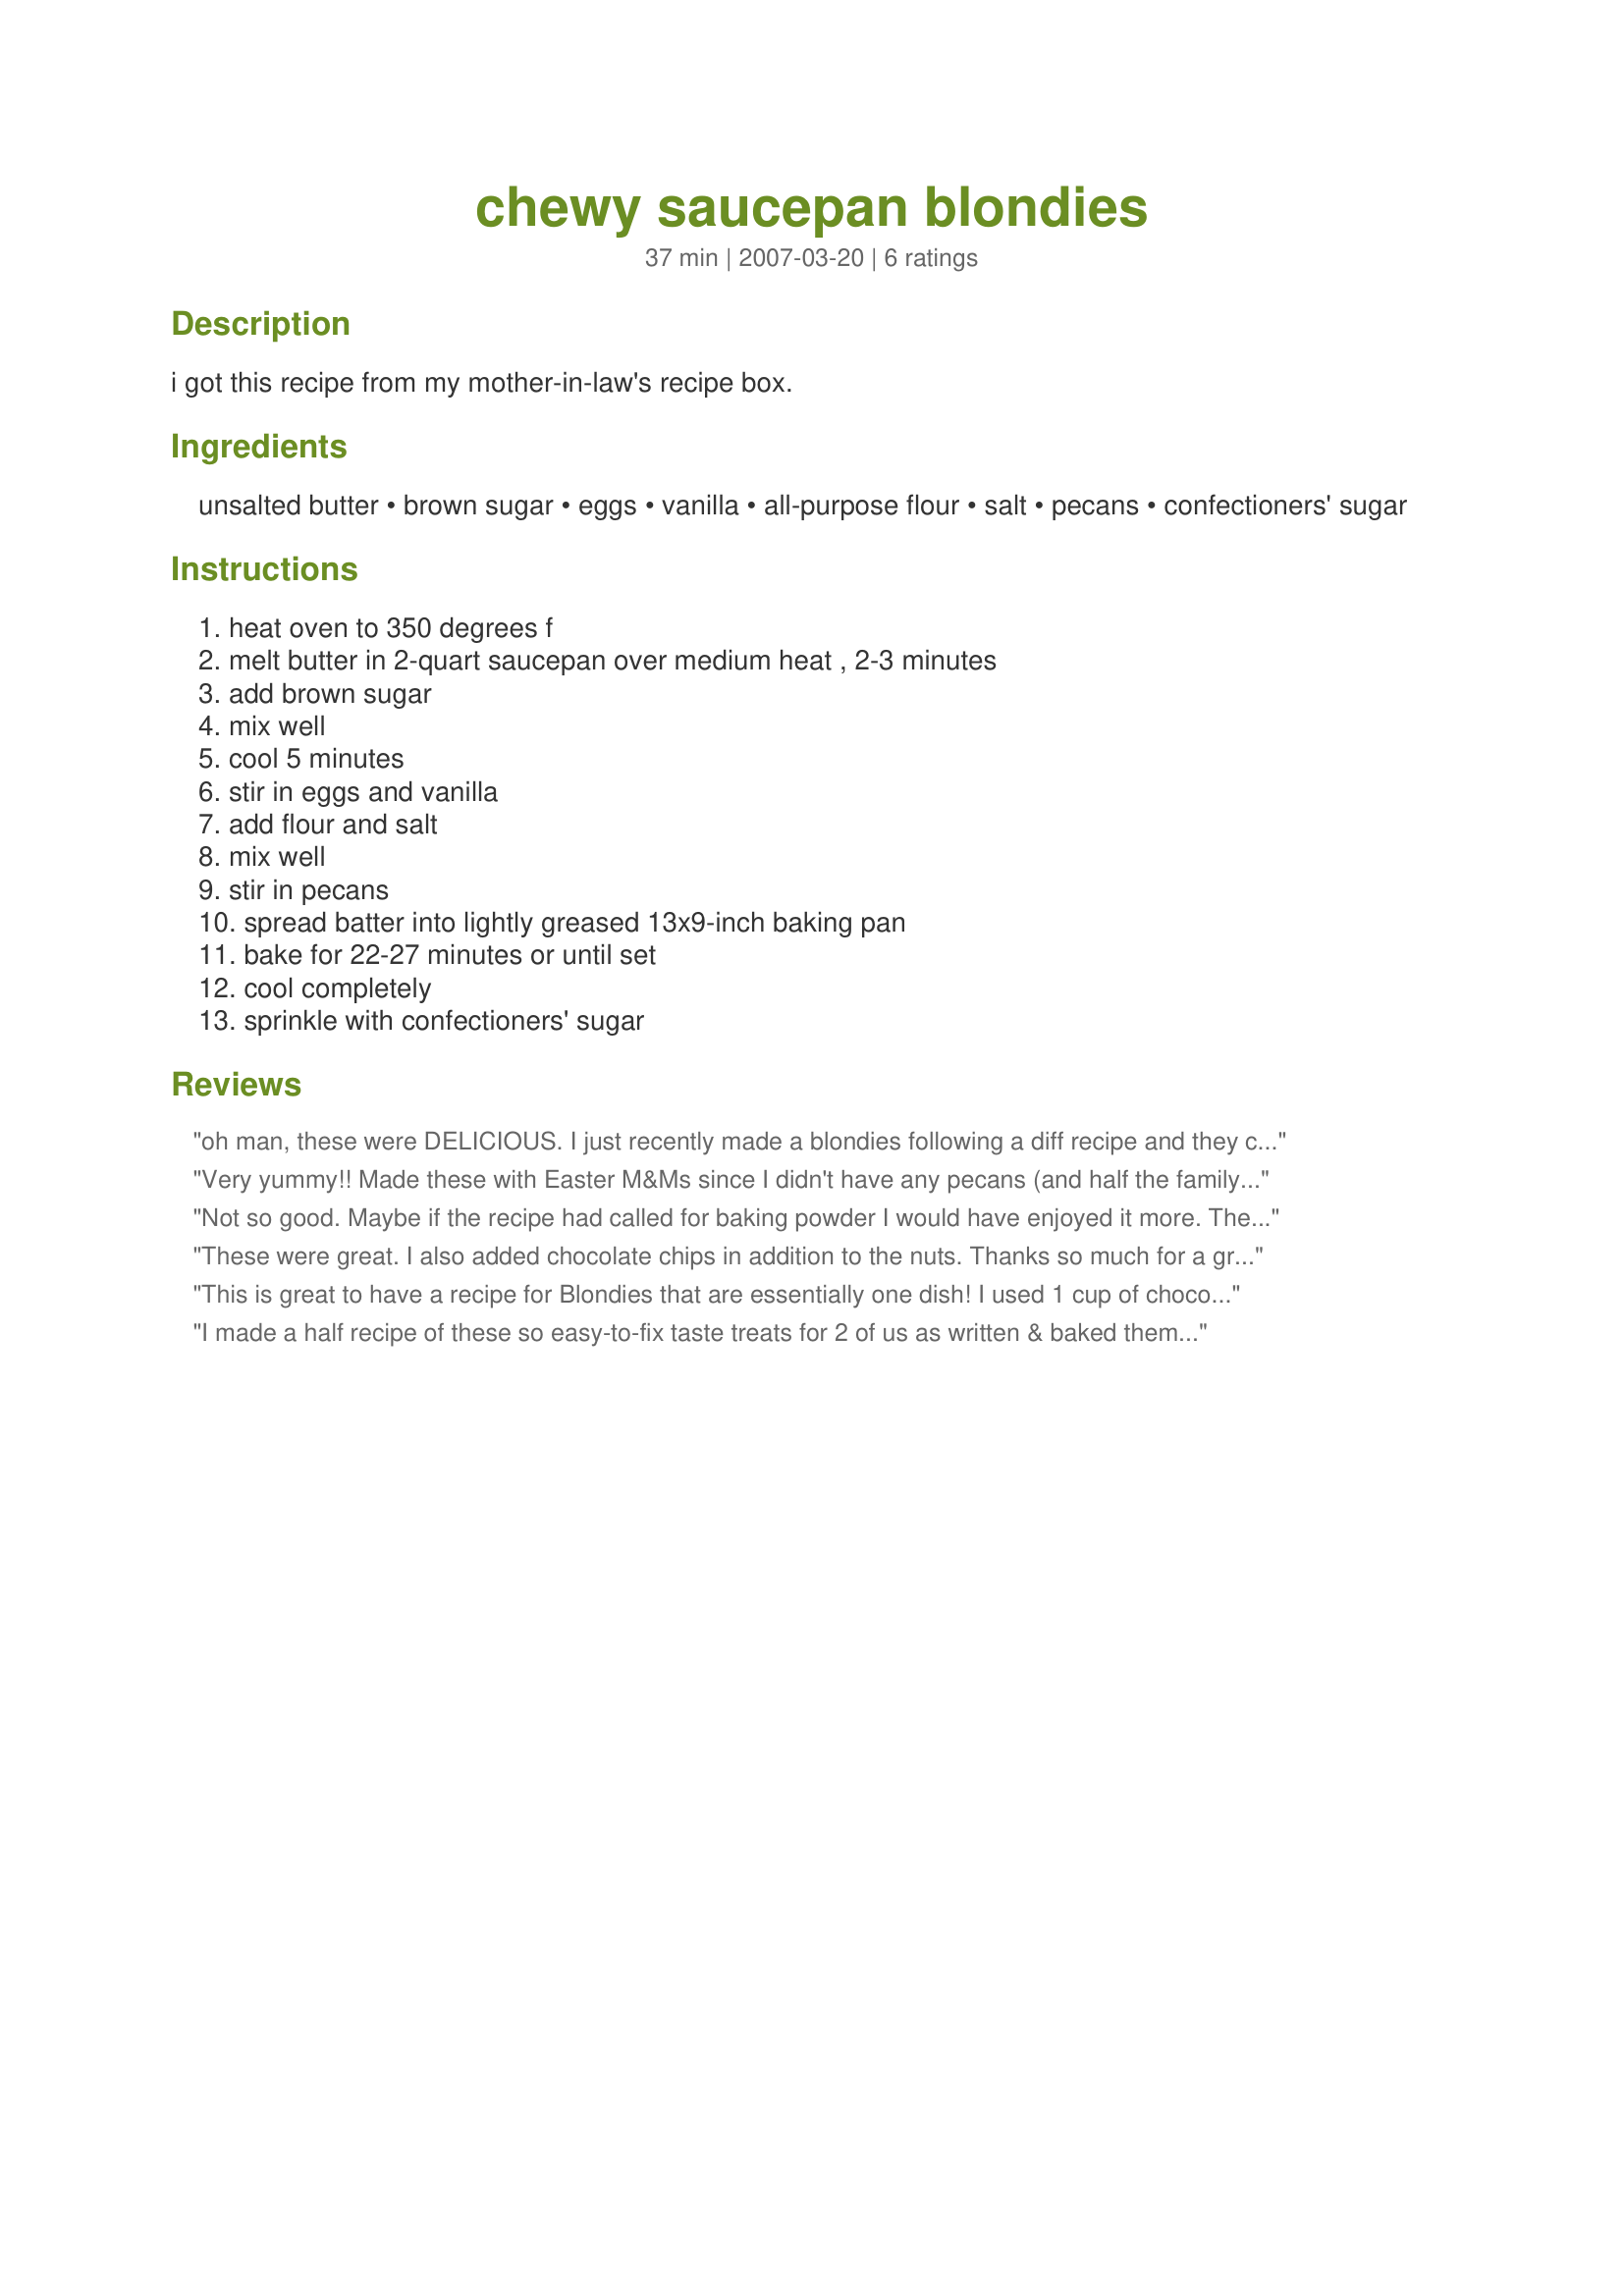
chewy saucepan blondies
Preparation time: 37 minutes

i got this recipe from my mother-in-law's recipe box.

Ingredients:
unsalted butter, brown sugar, eggs, vanilla, all-purpose flour, salt, pecans, confectioners' sugar

Steps:
heat oven to 350 degrees f, melt butter in 2-quart saucepan over medium heat , 2-3 minutes, add brown sugar, mix well, cool 5 minutes, stir in eggs and vanilla, add flour and salt, mix well, stir in pecans, spread batter into lightly greased 13x9-inch baking pan, bake for 22-27 minutes or until set, cool completely, sprinkle with confectioners' sugar

Reviews:
oh man, these were DELICIOUS. I just recently made a blondies following a diff recipe and they came out rock hard after cooling but the cooking time for this worked much better! the problem with saucepan brownies is when you check for doneness they still look a little fudgy and undone in the middle, which they are supposed to! but yeah, the cooking time for these was spot on! I spread some melted white chocolate on the top of these and they tasted great! Perfect for the extra WOW factor in holiday bag stuffers. Oh man, this is THE best recipe. My new fav brownie!
Very yummy!! Made these with Easter M&Ms since I didn't have any pecans (and half the family doesn't care of nuts anyway). They turned out great! Will make again! Will try at 20 minutes next time as mine got a little TOO crusty at 22 minutes. I like that though!! :)
Not so good. Maybe if the recipe had called for baking powder I would have enjoyed it more. These do not rise, baking just sets the bar and they are very thick and heavy. I did not add choclolate chips and that may have made them better because they were not very sweet, either. Sorry, I had to pitch them. : (
These were great. I also added chocolate chips in addition to the nuts. Thanks so much for a great recipe.
Lisa
This is great to have a recipe for Blondies that are essentially one dish! I used 1 cup of chocolate chips rather than the pecans. A 9x13 pan resulted a rather thin cookie bar - I have a little bit smaller pan that I think I would use next time. ZWT 3
I made a half recipe of these so easy-to-fix taste treats for 2 of us as written & baked them in an 11x7 baking dish, so they were a bit smaller in stature than normal for the recipe & I reduced cook time accordingly. I did not miss the usual choc fix brownie in the least & was esp impressed w/how low-cal & low-fat they are w/o sacrificing their richness. Served w/frozen vanilla yogurt, my sweet-tooth DH was a happy camper. Thx for sharing this recipe w/us. :-)
